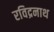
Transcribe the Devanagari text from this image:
रविद्रनाथ